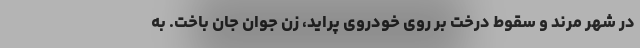
در شهر مرند و سقوط درخت بر روی خودروی پراید، زن جوان جان باخت. به